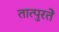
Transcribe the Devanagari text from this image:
तात्पुरतेे